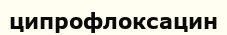
ципрофлоксацин